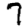
Digit: 7